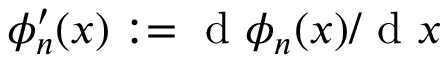
\phi _ { n } ^ { \prime } ( x ) : = \mathrm { ~ d ~ } \phi _ { n } ( x ) / \mathrm { ~ d ~ } x